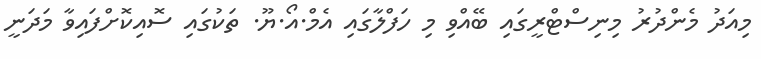
މިއަދު މެންދުރު މިނިސްޓްރީގައި ބޭއްވި މި ހަފްލާގައި އެމް.އޯ.ޔޫ. ތަކުގައި ސޮއިކޮށްފައިވާ މަދަނީ